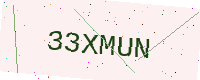
Text: 33XMUN